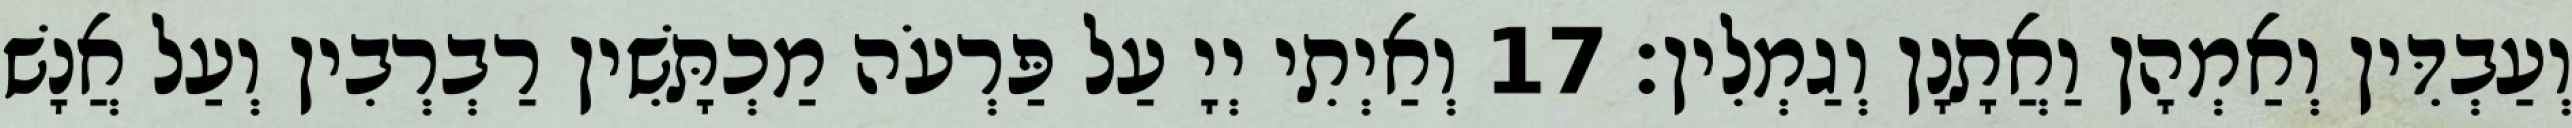
וְעַבְדִּין וְאַמְהָן וַאֲתָנָן וְגַמְלִין׃ 17 וְאַיְתִי יְיָ עַל פַּרְעֹה מַכְתָּשִׁין רַבְרְבִין וְעַל אֲנָשׁ